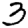
Digit: 3